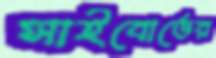
সাইবোর্ডের